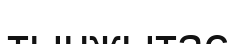
тынжытас